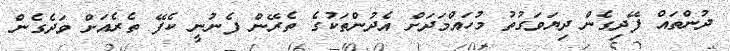
ދުންތައް ފޭދިގެން ދިޔަވަގުތު މުހައްމަދަށް އެދުންތަކުގެ ތެރޭން ފެނުނީ ކެފޭ ތެރެއަށް ވަދެގެން